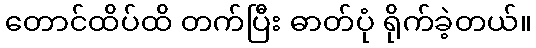
တောင်ထိပ်ထိ တက်ပြီး ဓာတ်ပုံ ရိုက်ခဲ့တယ်။